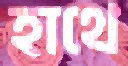
হাথে